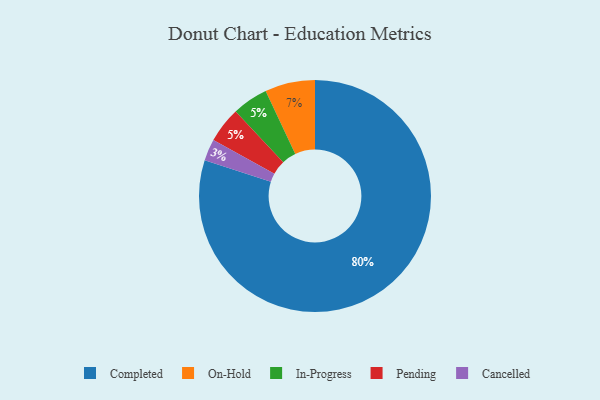
{"axis": {"x": "Category", "y": "Percentage"}, "legend": ["Cancelled", "Completed", "In-Progress", "On-Hold", "Pending"], "data": [{"x": "On-Hold", "y": 7, "type": "On-Hold"}, {"x": "In-Progress", "y": 5, "type": "In-Progress"}, {"x": "Completed", "y": 80, "type": "Completed"}, {"x": "Cancelled", "y": 3, "type": "Cancelled"}, {"x": "Pending", "y": 5, "type": "Pending"}]}